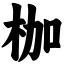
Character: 枷